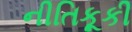
નીતિકૂકી